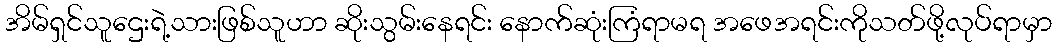
အိမ်ရှင်သူဌေးရဲ့သားဖြစ်သူဟာ ဆိုးသွမ်းနေရင်း နောက်ဆုံးကြံရာမရ အဖေအရင်းကိုသတ်ဖို့လုပ်ရာမှာ